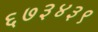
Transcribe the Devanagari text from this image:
६७३४३९